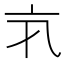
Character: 𠅂